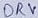
Text: DRV